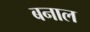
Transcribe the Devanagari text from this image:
बनाल